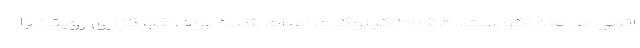
اتمی در ماه آگوست، ۲۱۰۵.۴ کیلوگرم اعلام شده بود. خبرگزاری رویترز با